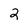
Character: 2